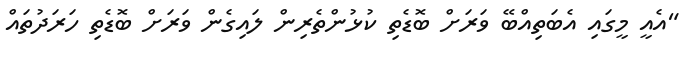
"އެއީ މީގައި އެބަތިއްބޭ ވަރަށް ބޮޑެތި ކުޅުންތެރިން ލައިގެން ވަރަށް ބޮޑެތި ހަރަދުތައް